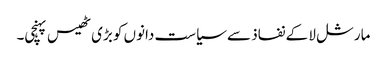
مارشل لا کے نفاذ سے سیاست دانوں کو بڑی ٹھیس پہنچی۔